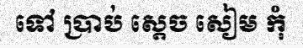
ទៅ ប្រាប់ ស្តេច សៀម កុំ